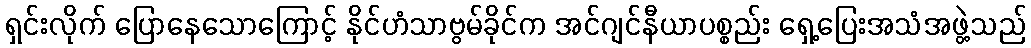
ရှင်းလိုက် ပြောနေသောကြောင့် နိုင်ဟံသာဗွမ်ခိုင်က အင်ဂျင်နီယာပစ္စည်း ရှေ့ပြေးအသံအဖွဲ့သည်